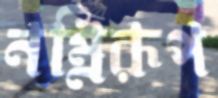
নম্নিরূপ